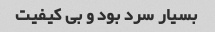
بسیار سرد بود و بی کیفیت